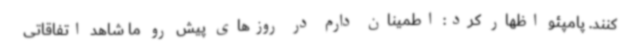
کنند. پامپئو اظهار کرد: اطمینان دارم در روزهای پیش رو ما شاهد اتفاقاتی